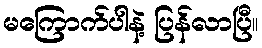
မကြောက်ပါနဲ့ ပြန်လာပြီ။